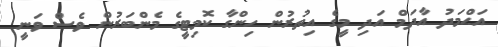
އަޙްމަދު އާދަމް އަދި މީގެ އިތުރުން ހިންގާ ކޮމިޓީގެ މެންބަރުން ވެސް ވަނީ